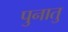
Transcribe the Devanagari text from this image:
पुनातु